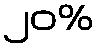
၂၀%